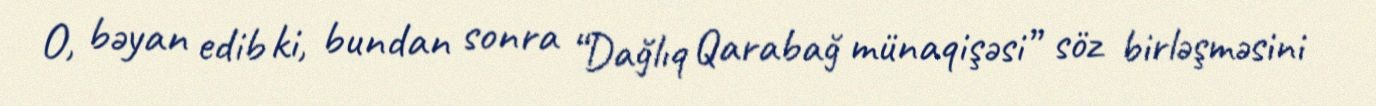
O, bəyan edib ki, bundan sonra “Dağlıq Qarabağ münaqişəsi” söz birləşməsini